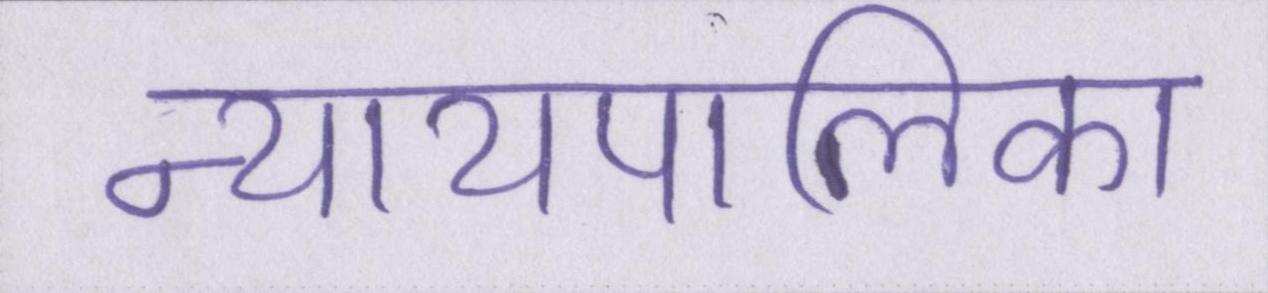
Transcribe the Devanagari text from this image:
न्यायपालिका